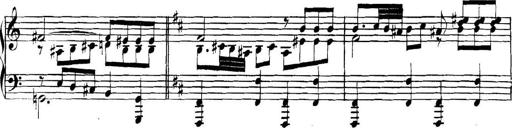
Title: Collected Piano Sonatas
Composer: Muzio Clementi